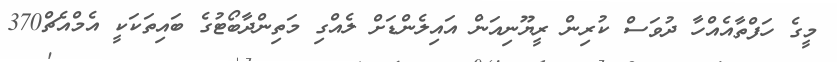
މީގެ ހަފްތާއެއްހާ ދުވަސް ކުރިން ރީޔޫނިއަން އައިލެންޑަށް ލެއްގި މަތިންދާބޯޓުގެ ބައިތަކަކީ އެމްއެޗް370